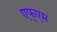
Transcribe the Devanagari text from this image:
एफ्एम